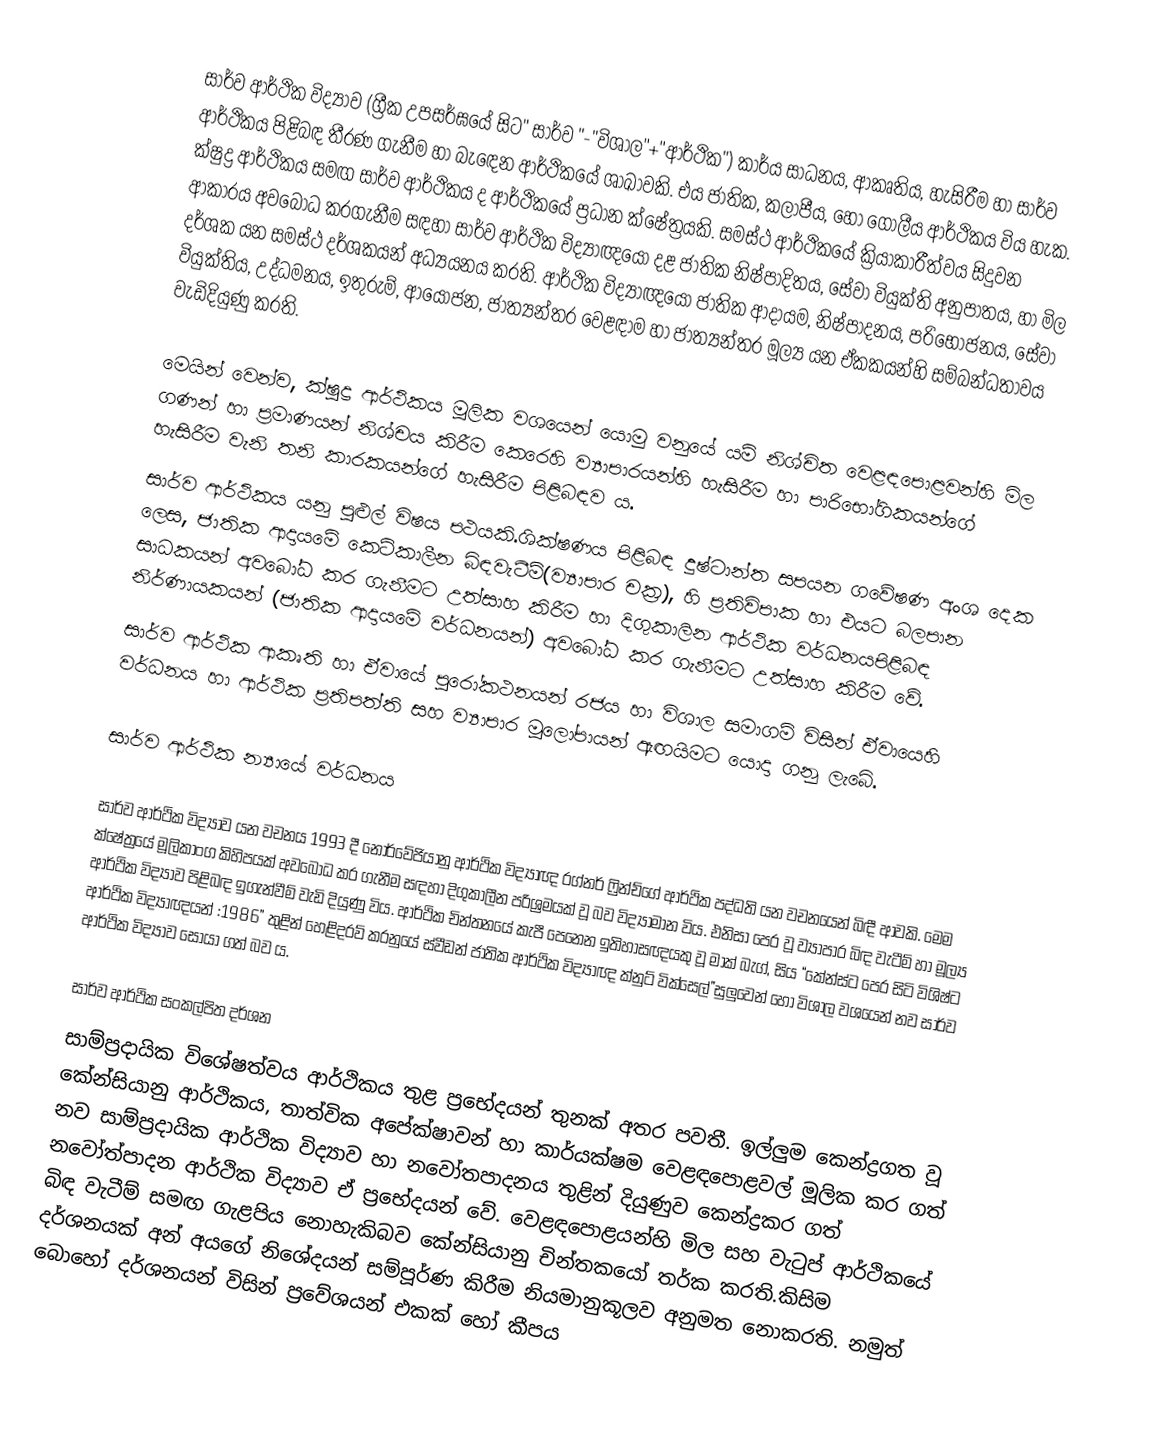
සාර්ව ආර්ථික විද්‍යාව  (ග්‍රීක උපසර්ඝයේ සිට" සාර්ව "-"විශාල"+"ආර්ථික") කාර්ය සාධනය, ආකෘතිය, හැසිරීම හා සාර්ව ආර්ථිකය පිළිබඳ තීරණ ගැනීම හා බැඳෙන ආර්ථිකයේ ශාඛාවකි. එය ජාතික, කලාපීය, හෝ ගෝලීය ආර්ථිකය විය හැක. ක්ෂුද්‍ර ආර්ථිකය සමඟ සාර්ව ආර්ථිකය ද ආර්ථිකයේ ප්‍රධාන ක්ෂේත්‍රයකි. සමස්ථ ආර්ථිකයේ ක්‍රියාකාරීත්වය සිදුවන ආකාරය අවබෝධ කරගැනීම සඳහා සාර්ව ආර්ථික විද්‍යාඥයෝ දළ ජාතික නිෂ්පාදිතය, සේවා වියුක්ති අනුපාතය, හා මිල දර්ශක යන සමස්ථ දර්ශකයන් අධ්‍යයනය කරති. ආර්ථික විද්‍යාඥයෝ ජාතික ආදායම, නිෂ්පාදනය, පරිභෝජනය, සේවා වියුක්තිය, උද්ධමනය, ඉතුරුම්, ආයෝජන, ජාත්‍යන්තර වෙළඳාම හා ජාත්‍යන්තර මූල්‍ය යන ඒකකයන්හි සම්බන්ධතාවය වැඩිදියුණු කරති.

මෙයින් වෙන්ව, ක්ෂුද්‍ර ආර්ථිකය මූලික වශයෙන් යොමු වනුයේ යම් නිශ්චිත වෙළඳපොළවන්හි මිල ගණන් හා ප්‍රමාණයන් නිශ්චය කිරීම කෙරෙහි ව්‍යාපාරයන්හි හැසිරීම හා පාරිභෝගිකයන්ගේ හැසිරීම වැනි තනි කාරකයන්ගේ හැසිරීම පිළිබඳව ය.
සාර්ව ආර්ථිකය යනු පුළුල් විෂය පථයකි.ශික්ෂණය පිළිබඳ දුෂ්ටාන්ත සපයන ගවේෂණ අංශ දෙක ලෙස, ජාතික ආදායමේ කෙටිකාලීන බිඳවැටීම්(ව්‍යාපාර චක්‍ර), හි ප්‍රතිවිපාක හා එයට බලපාන සාධකයන් අවබෝධ කර ගැනීමට උත්සාහ කිරීම හා දිගුකාලින ආර්ථික වර්ධනයපිළිබඳ නිර්ණායකයන් (ජාතික ආදායමේ වර්ධනයන්) අවබෝධ  කර ගැනීමට උත්සාහ කිරීම වේ.
සාර්ව ආර්ථික ආකෘති හා ඒවායේ පුරෝකථනයන් රජය හා විශාල සමාගම් විසින් ඒවායෙහි වර්ධනය හා ආර්ථික ප්‍රතිපත්ති සහ ව්‍යාපාර මූලෝපායන් ඇඟයිමට යොදා ගනු ලැබේ.

සාර්ව ආර්ථික න්‍යායේ වර්ධනය

සාර්ව ආර්ථික විද්‍යාව යන වචනය 1993 දී නෝර්වේජියානු ආර්ථික විද්‍යාඥ රග්නර් ෆ්‍රින්ච්ගේ ආර්ථික පද්ධති යන වචනයෙන් බිඳී ආවකි. මෙම ක්ෂේත්‍රයේ මූලිකාංග කිහිපයක් අවබෝධ කර ගැනීම සඳහා දිගුකාලීන පරිශ්‍රමයක් වූ බව විද්‍යාමාන විය. එනිසා පෙර වූ ව්‍යාපාර බිඳ වැටීම් හා මූල්‍ය ආර්ථික විද්‍යාව පිළිබඳ ඉගැන්වීම් වැඩි දියුණු විය. ආර්ථික චින්තනයේ කැපී පෙනෙන ඉතිහාසඥයකු වූ මාක් බැග්, සිය “කේන්ස්ට පෙර සිටි විශිෂ්ට ආර්ථික විද්‍යාඥයන් :1986” තුළින් හෙළිදරව් කරනුයේ  ස්වීඩන් ජාතික ආර්ථික විද්‍යාඥ ක්නුට් වික්සෙල්”සුලුවෙන් හෝ විශාල වශයෙන් නව සාර්ව ආර්ථික විද්‍යාව සොයා ගත් බව ය.

සාර්ව ආර්ථික සංකල්පිත දර්ශන
සාම්ප්‍රදායික විශේෂත්වය ආර්ථිකය තුළ ප්‍රභේදයන් තුනක් අතර පවතී. ඉල්ලුම කෙන්ද්‍රගත වූ කේන්සියානු ආර්ථිකය, තාත්වික අපේක්ෂාවන් හා කාර්යක්ෂම වෙළඳපොළවල් මූලික  කර ගත් නව සාම්ප්‍රදායික ආර්ථික විද්‍යාව හා නවෝතපාදනය තුළින් දියුණුව කෙන්ද්‍රකර ගත් නවෝත්පාදන ආර්ථික විද්‍යාව ඒ ප්‍රභේදයන් වේ. වෙළඳපොළයන්හි මිල සහ වැටුප් ආර්ථිකයේ බිඳ වැටීම් සමඟ ගැළපිය නොහැකිබව කේන්සියානු චින්තකයෝ තර්ක කරති.කිසිම දර්ශනයක් අන් අයගේ නිශේදයන් සම්පූර්ණ කිරීම නියමානුකූලව අනුමත නොකරති. නමුත් බොහෝ දර්ශනයන් විසින් ප්‍රවේශයන් එකක් හෝ කීපය